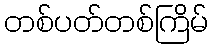
တစ်ပတ်တစ်ကြိမ်